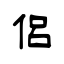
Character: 侣